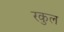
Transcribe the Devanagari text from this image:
रकुल